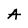
Character: A